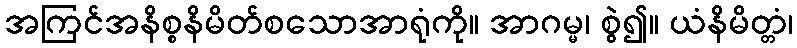
အကြင်အနိစ္စနိမိတ်စသောအာရုံကို။ အာဂမ္မ၊ စွဲ၍။ ယံနိမိတ္တံ၊